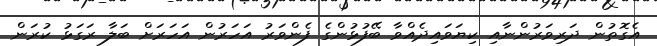
އެގޮތުން ދަރިވަރުންނާއި ކިޔަވައިދެއްވާ ބޭފުޅުންގެ ފެންވަރު އަހަރުން އަހަރަށް ބަލާ ރަގަޅު ކުރަން